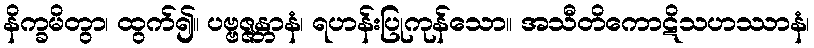
နိက္ခမိတွာ၊ ထွက်၍။ ပဗ္ဗဇ္ဇန္တာနံ၊ ရဟန်းပြုကုန်သော။ အသီတိကောဋိသဟဿာနံ၊